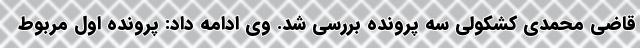
قاضی محمدی کشکولی سه پرونده بررسی شد. وی ادامه داد: پرونده اول مربوط